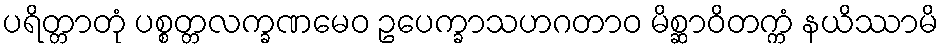
ပရိတ္တာတုံ ပစ္စတ္တလက္ခဏမေဝ ဥပေက္ခာသဟဂတာဝ မိစ္ဆာဝိတက္ကံ နယိဿာမိ